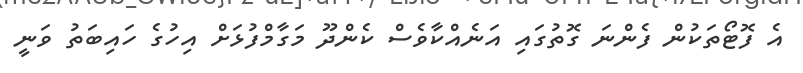
އެ ފޮޓޯތަކުން ފެންނަ ގޮތުގައި އަނެއްކާވެސް ކެންދޫ މަގާމްފުޅަށް އިހުގެ ހައިބަތު ވަނީ